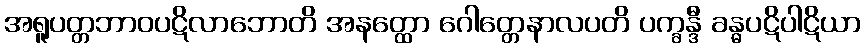
အရူပတ္တဘာဝပဋိလာဘောတိ အနတ္ထော ဂေါတ္တေနာလပတိ ပက္ခန္ဒီ ခန္ဓပဋိပါဋိယာ